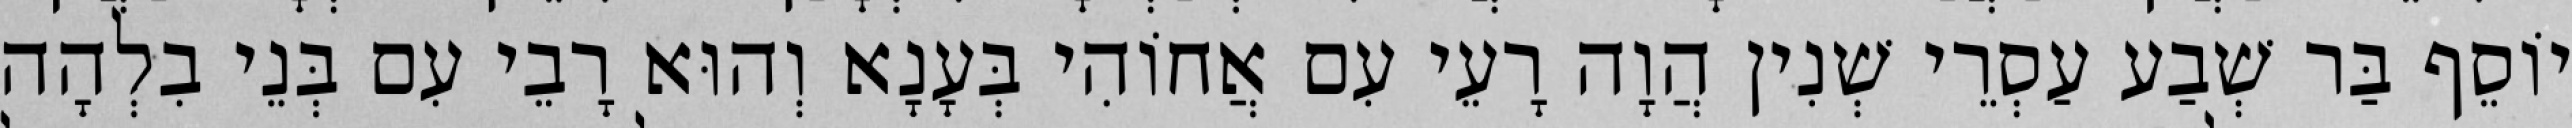
יוֹסֵף בַּר שְׁבַע עַסְרֵי שְׁנִין הֲוָה רָעֵי עִם אֲחוֹהִי בְּעָנָא וְהוּא רָבֵי עִם בְּנֵי בִלְהָה